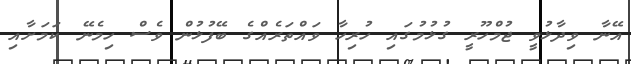
އޭނާ ވިދާޅުވީ ޖުމްހޫރީ ގުޅުމުގައި ހުރިހާ ވައްތަރެއްގެ ބޭފުޅުން ވެސް ހިމެނޭ ކަމަށާއި